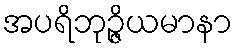
အပရိဘုဉ္ဇိယမာနာ